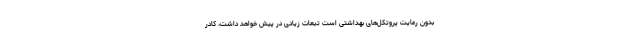
بدون رعایت پروتکل‌های بهداشتی است تبعات زیادی در پیش خواهد داشت، کادر